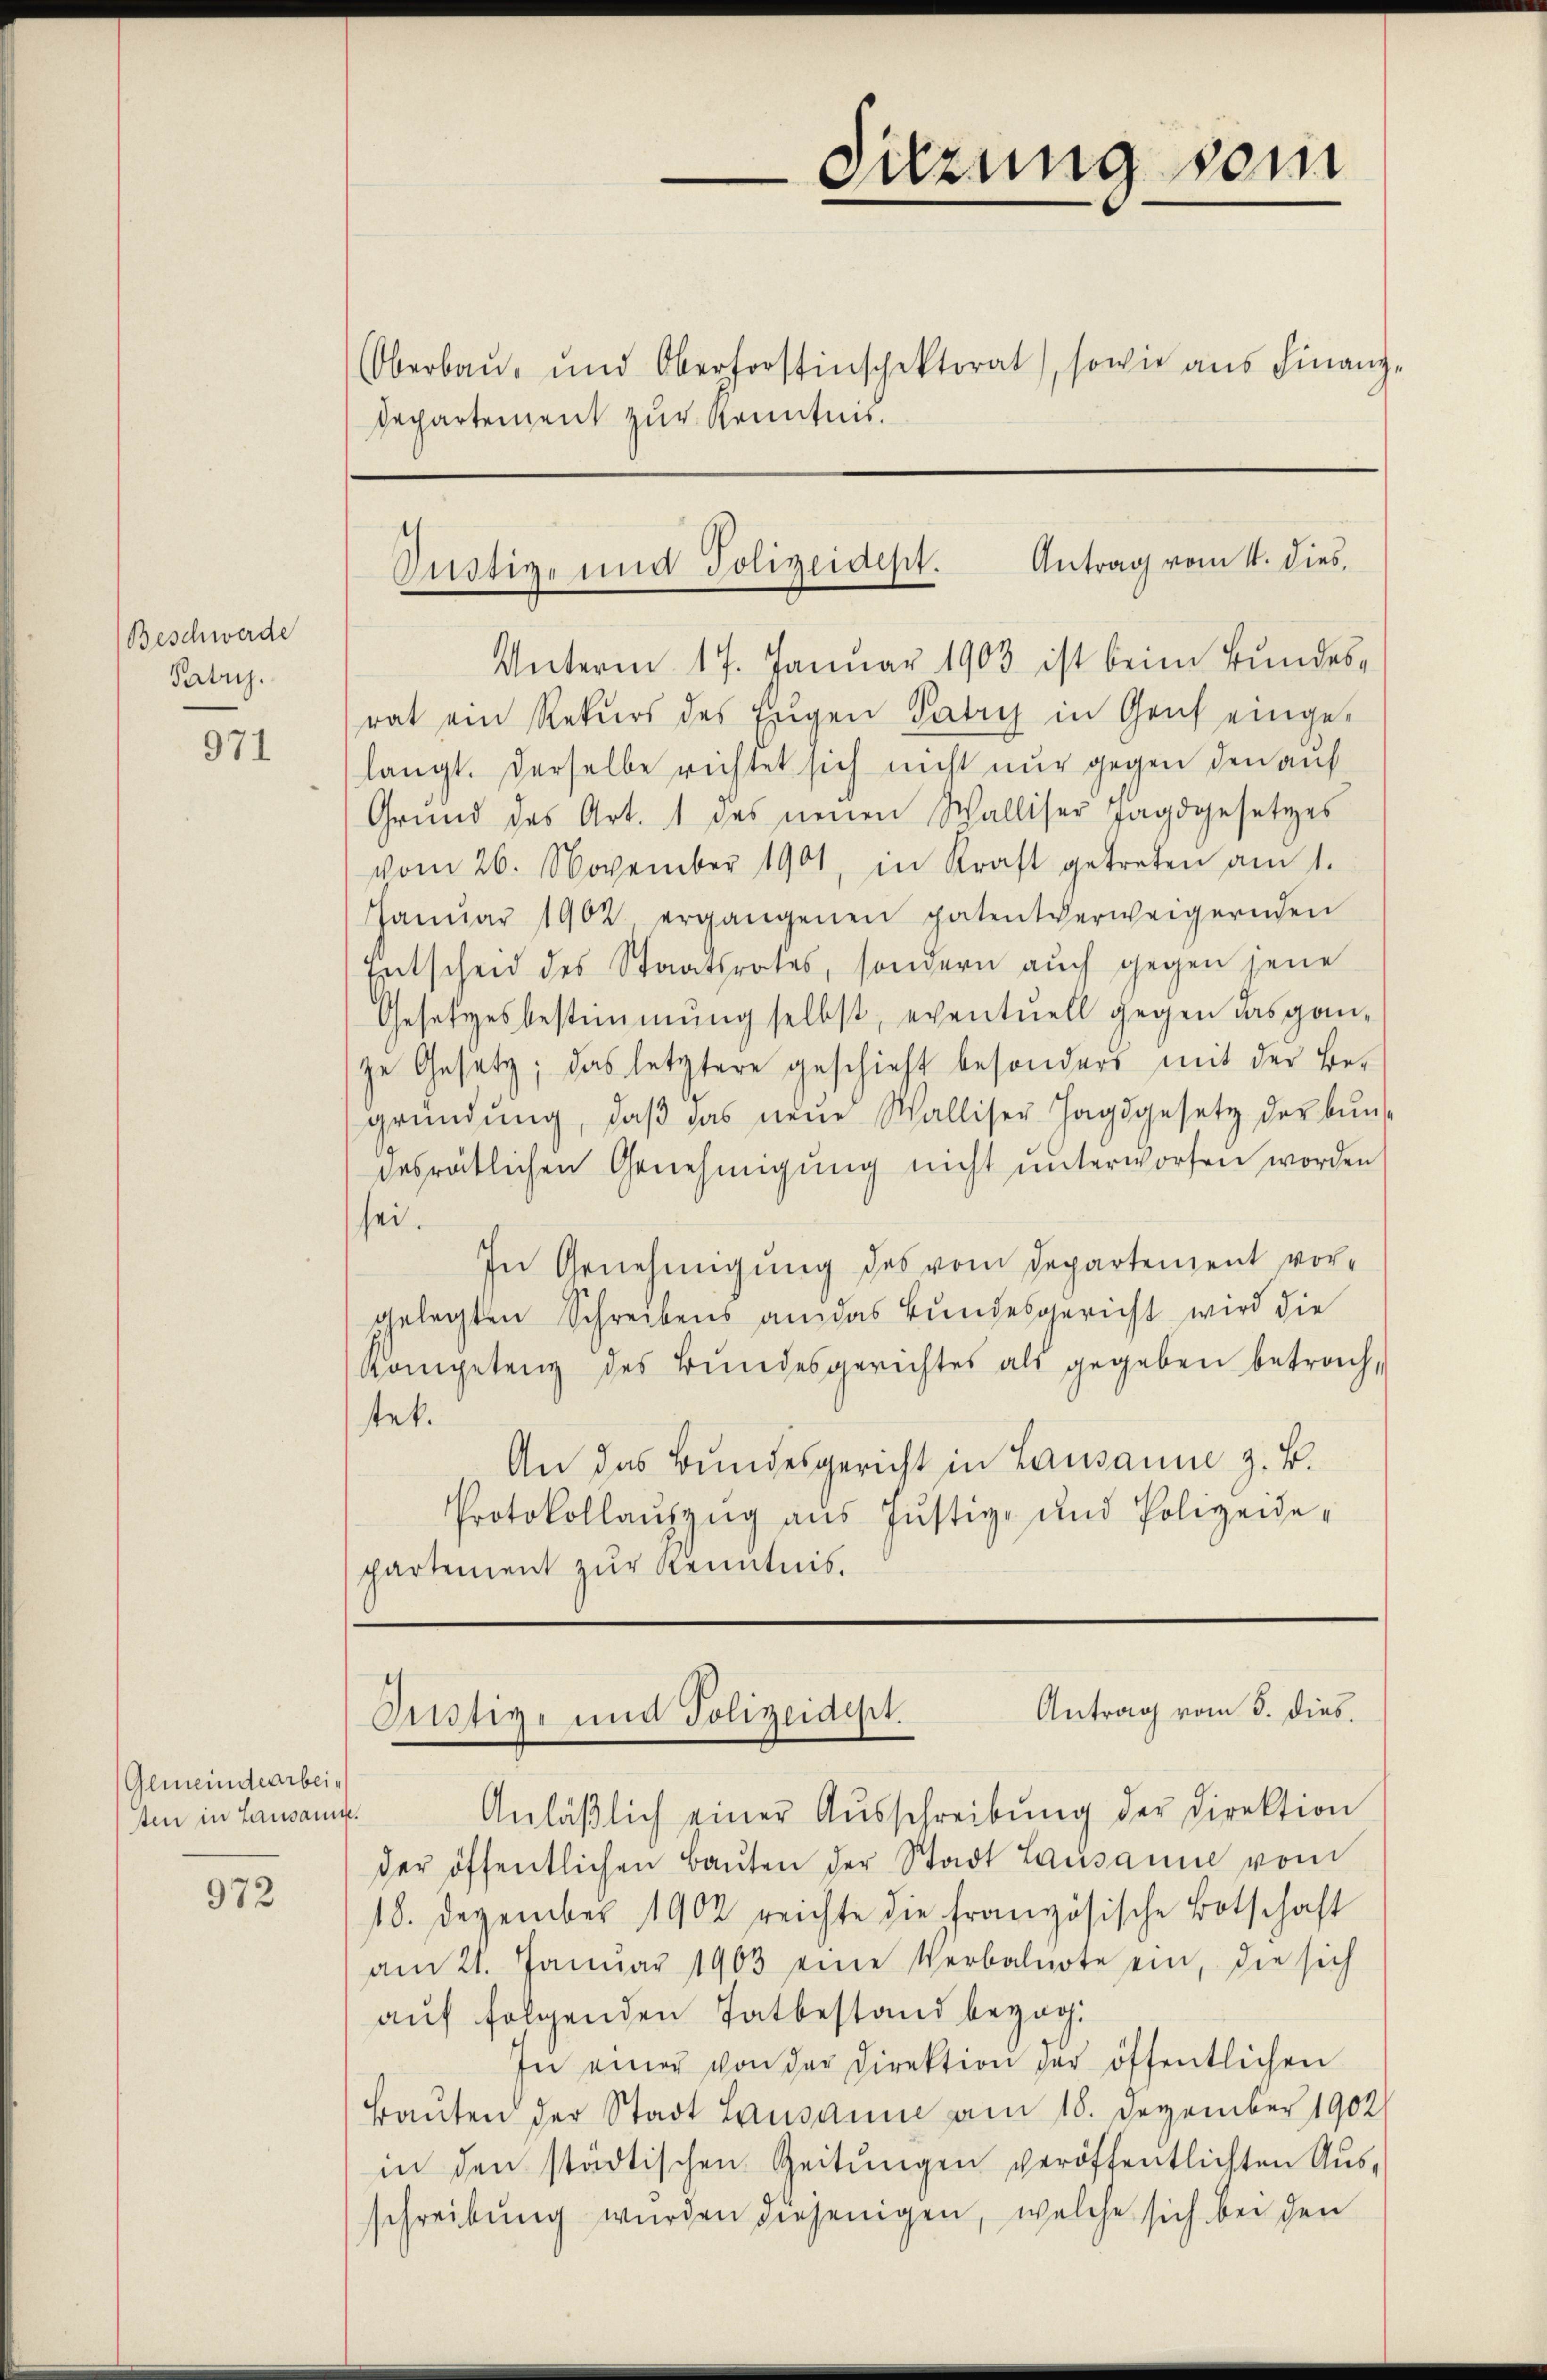
Beschwerde
Patris.

971

Gemeindearbeisten in Lausann

972

Oberbau- und Oberforstinschektorat, sowie aus Finanz-
Departement zur Kenntnis.

Suzung sein

Justiz- und Polizeidept. Antrag vom 4. dies

Unterm 17. Januar 1903 ist beim Bundesrat ein Rekurs des Eugen Patry in Genf eingelangt. Derselbe richtet sich nicht nur gegen den auf
Grund des Art. 1 des neuen Walliser Jagdgesetzes
vom 26. November 1901, in Kraft getreten am 1.
Janŭar 1902 ergangenen patentverweigernden
Entscheid des Staatsrates, sondern auch gegen jene
Gesetzesbestimmung selbst, eventuell gegen das ganze Gesetz; das letztere geschieht besonders mit der Begründŭng, daβ das neŭe Walliser Jagdgesetz der bun
desrätlichen Genehmigung nicht unterworfen worden
sei.
In Genehmigung des vom Departement vorgelegten Schreibens an das Bundesgericht wird die
Kompetenz des Bundesgerichtes als gegeben betrach,
tet.
An das Bundesgericht in Lausanne z. B.
Protokollaŭszŭg aŭs Jŭstiz- und Polizeidepartement zur Kenntnis.

Anläβlich einer Aŭsschreibŭng der Direktion
der öffentlichen Baŭten der Stadt Lausanne vom
18. Dezember 1902 reichte die französische Botschaft
am 21. Januar 1903 eine Verbalnote ein, die sich
auf folgenden Tatbestand bezog.
In einer von der Direktion der öffentlichen
Baŭten der Stadt Lausanne am 18. Dezember 1902
in den städtischen Zeitŭngen veröffentlichten Aus-
schreibung wurden diejenigen, welche sich bei den

Antrag vom 5. dies
Justiz- und Polizeidept.